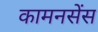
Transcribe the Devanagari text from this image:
कामनसेंस